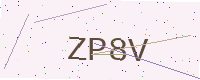
Text: ZP8V